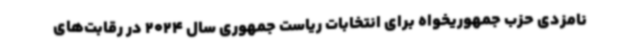
نامزدی حزب جمهوریخواه برای انتخابات ریاست جمهوری سال 2024 در رقابت‌های